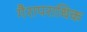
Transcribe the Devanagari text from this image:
गैरापराधिक